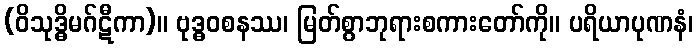
(ဝိသုဒ္ဓိမဂ်ဋီကာ)။ ဗုဒ္ဓဝစနဿ၊ မြတ်စွာဘုရားစကားတော်ကို။ ပရိယာပုဏနံ၊